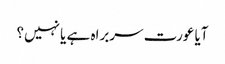
آیا عورت سربراہ ہے یا نہیں؟